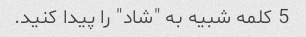
5 کلمه شبیه به "شاد" را پیدا کنید.